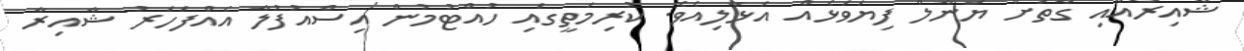
ޝާއިރާއާއި ގާތަށް ޔަނާލް ފިޔަވަޅެއް އަޅާލިއެވެ. ކުރިމަތީގައި ހުއްޓުމުން އިސްއުފުލާ އެއްފަހަރު ޝާއިރާ